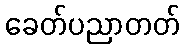
ခေတ်ပညာတတ်